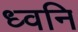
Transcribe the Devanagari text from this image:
ध्‍वनि